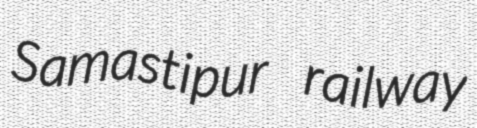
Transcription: Samastipur railway